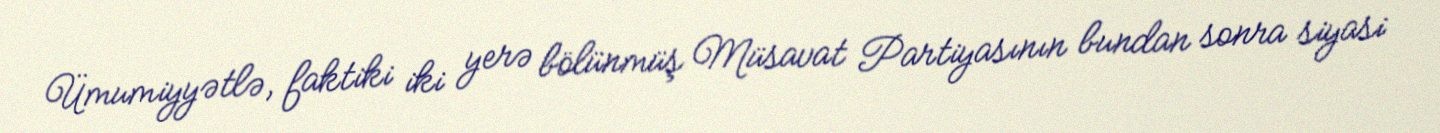
Ümumiyyətlə, faktiki iki yerə bölünmüş Müsavat Partiyasının bundan sonra siyasi